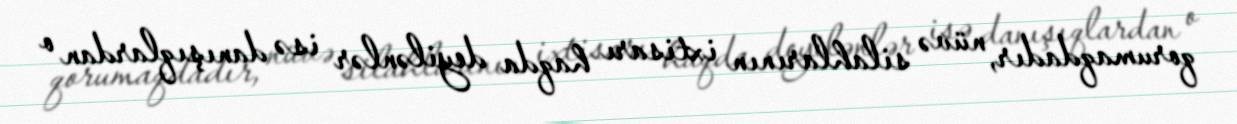
qorumaqdadır, nüvə silahlarının ixtisarı haqda deyilənlər isə danışıqlardan o